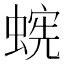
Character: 𱿹